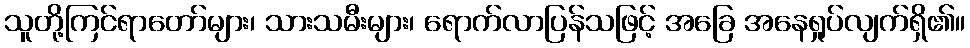
သူတို့ကြင်ရာတော်များ၊ သားသမီးများ၊ ရောက်လာပြန်သဖြင့် အခြေ အနေရှုပ်လျက်ရှိ၏။